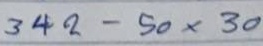
342 - 50 x 30